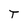
Character: T